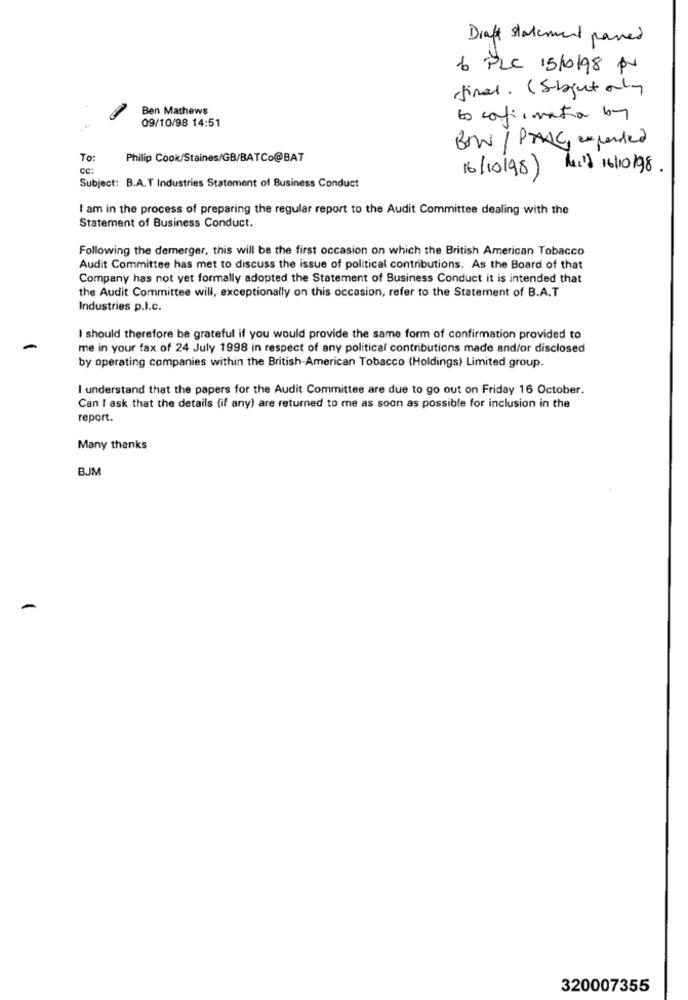
Draft statement pared
6 PLC 15/10/98 PX
final. (Subject only
Ben Mathews
09/10/98 14:51
to cofirmata by
BOW / PANG, expected
To:
Philip Cook/Staines/GB/BATCo@BAT
cc:
16/10/98) Muld 16/10/98 .
Subject: B.A.T Industries Statement of Business Conduct
I am in the process of preparing the regular report to the Audit Committee dealing with the
Statement of Business Conduct.
Following the demerger, this will be the first occasion on which the British American Tobacco
Audit Committee has met to discuss the issue of political contributions. As the Board of that
Company has not yet formally adopted the Statement of Business Conduct it is intended that
the Audit Committee will, exceptionally on this occasion, refer to the Statement of B.A.T
Industries p.I.c.
I should therefore be grateful if you would provide the same form of confirmation provided to
me in your fax of 24 July 1998 in respect of any political contributions made and/or disclosed
by operating companies within the British-American Tobacco (Holdings) Limited group.
I understand that the papers for the Audit Committee are due to go out on Friday 16 October.
Can I ask that the details (if any) are returned to me as soon as possible for inclusion in the
report.
Many thanks
BJM
320007355